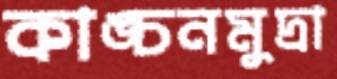
কাঙ্চনমুদ্রা